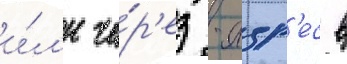
и́л'и че́р'ез -адр'ес в